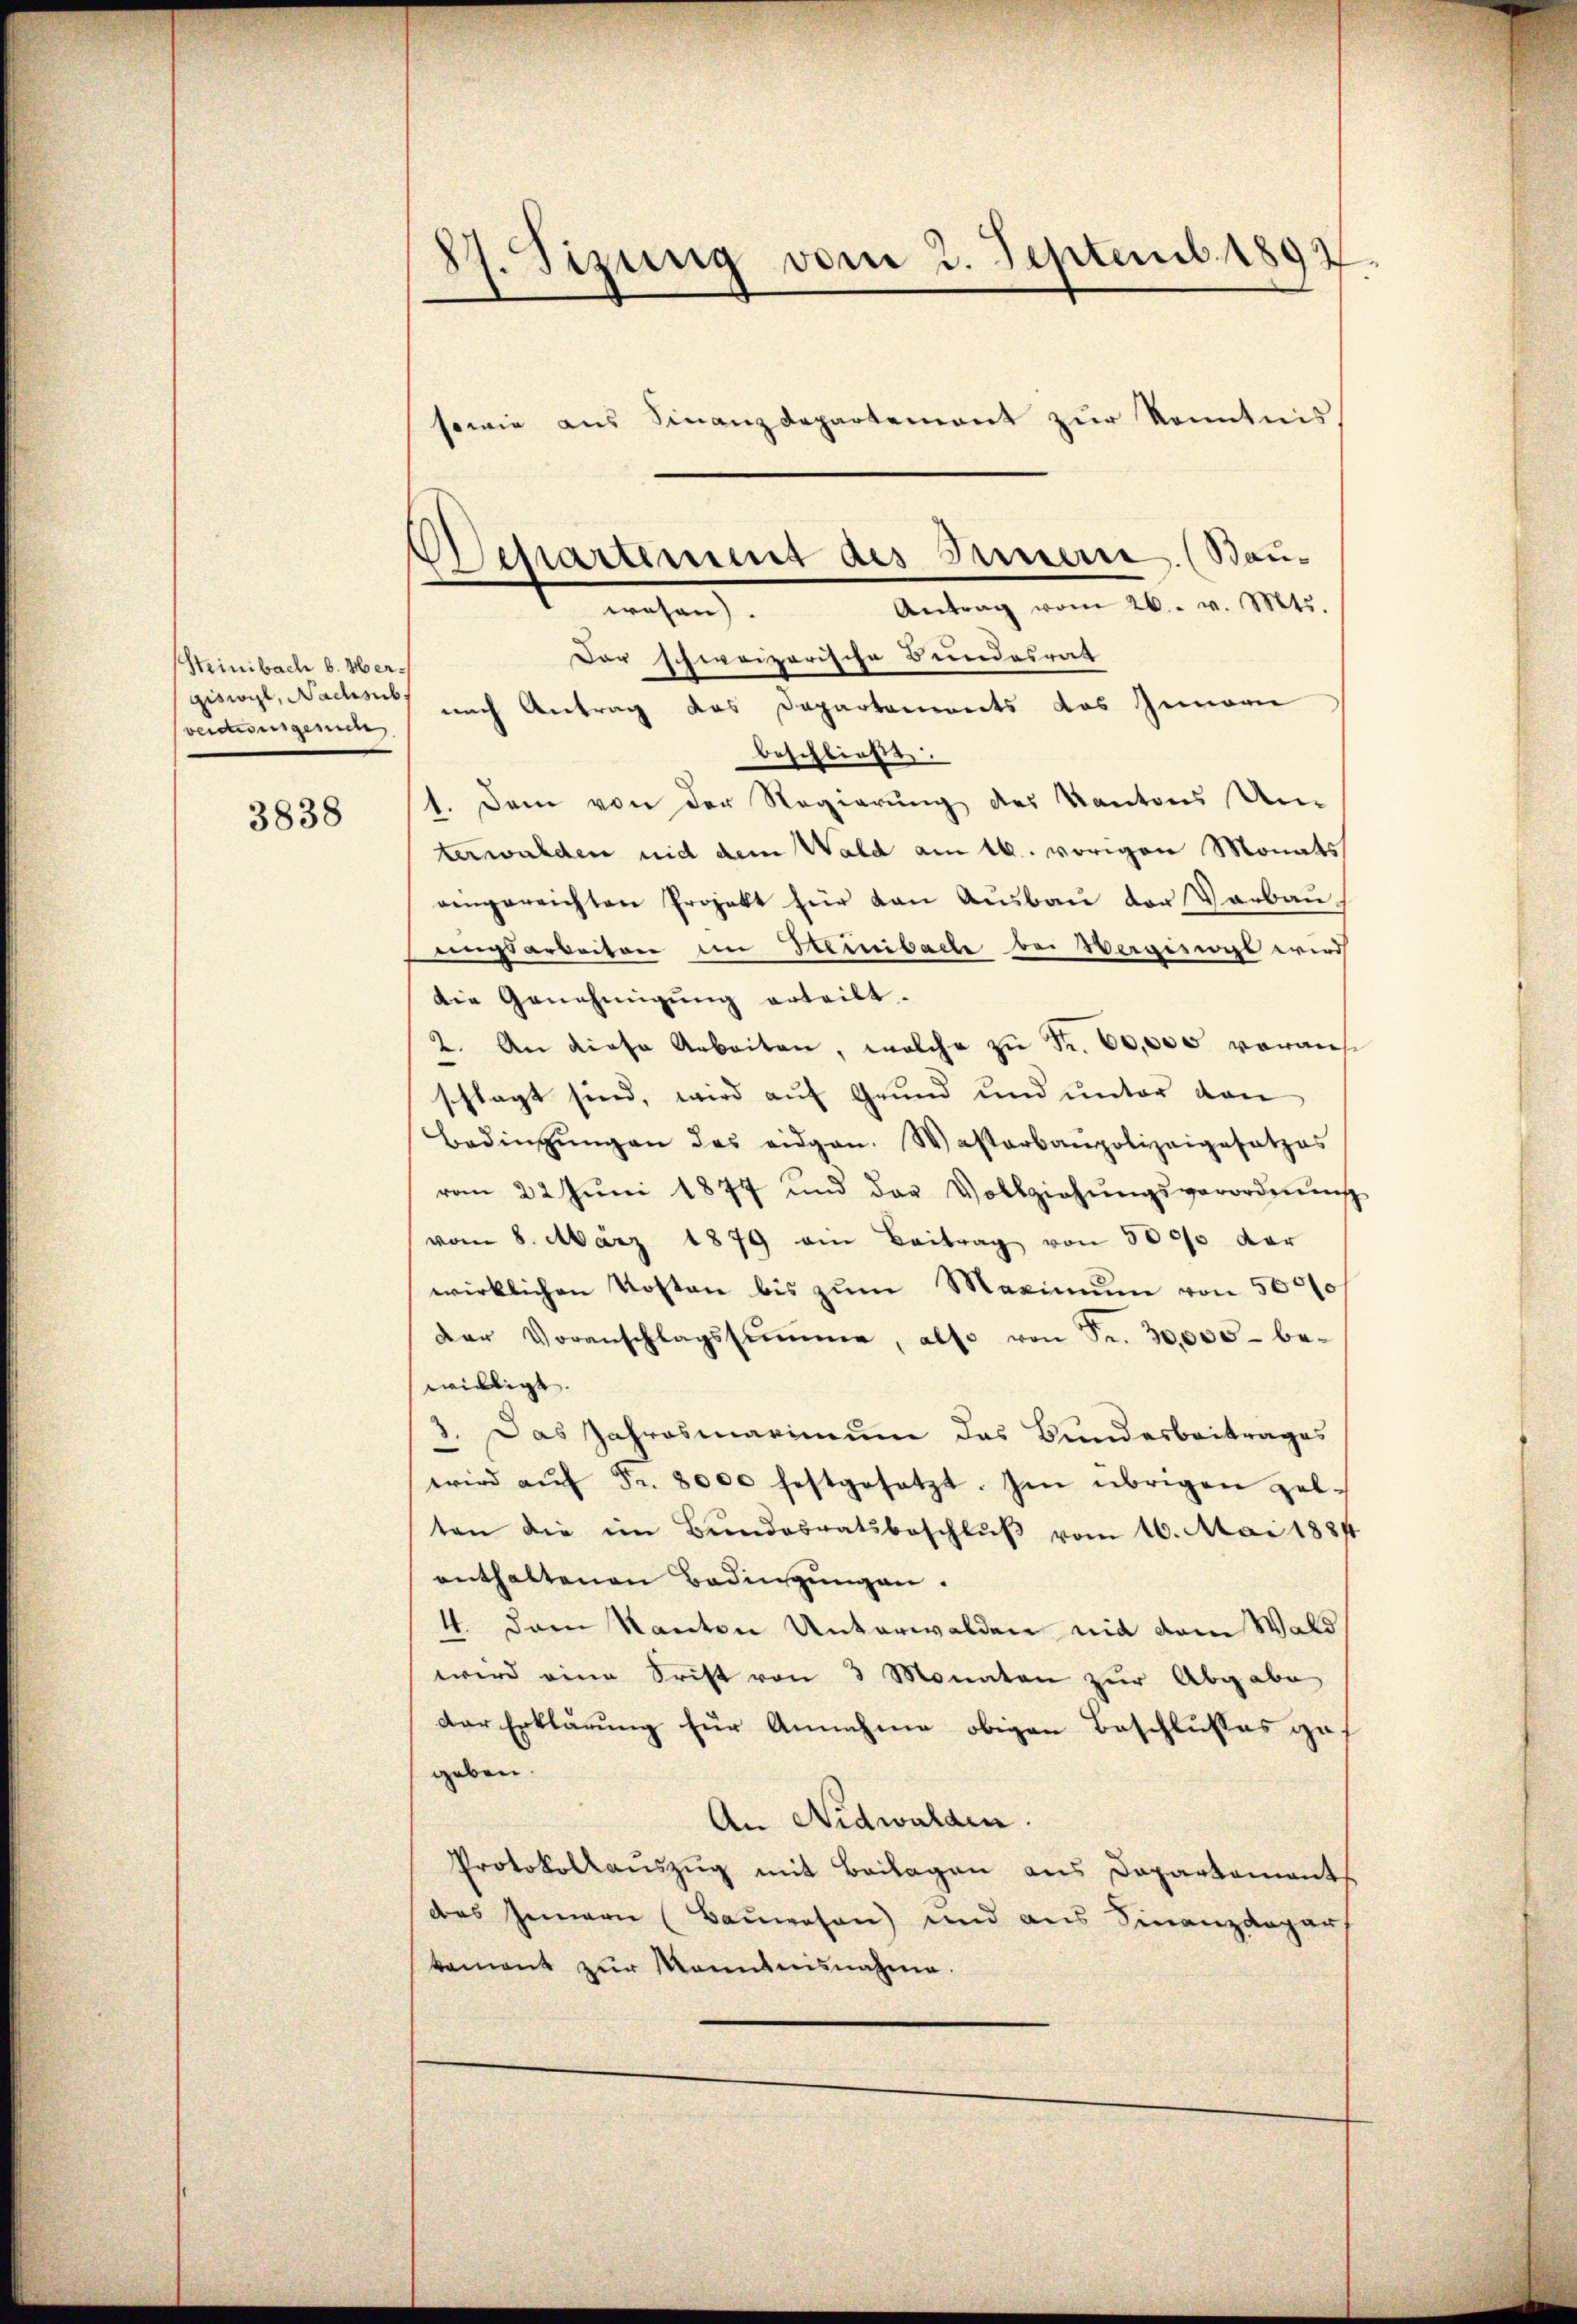
Steinbach b. Vergiswyl, Nachsub.
veictionsgesuche

3838

87. Sizung vom 2. Septemb. 1892
sowie aus Finanzdepartement zur Kenntnis

Der schweizerische Bundesrat
nach Antrag das Departements das Innern
beschließe.
1. Dem von der Regierung des Kantons Un-
terwalden nid dem Wald am 16. vorigen Monats
eingereichten Projekt für den Aŭsbaŭ der Verbau
Ausarbeiten im Heinibache bei Wergiswyl wird
die Genehmigŭng erteilt.
2. An diese Arbeiten, welche zŭ Fr. 60,000 vorausschlagt sind, wird auf Grund und unter dan
Bedingŭngen des eidgen. Wasterbaupolizeigesetzes
vom 22. Jŭni 1877 und das Vollziehŭngsverordnŭng
vom 8. März 1879 ein Beitrag von 5000 der
wirklichen Kosten bis zŭm Maximŭm von 5000
Der Voranschlagssumme, also von Fr. 30,000 bewilligt. |
Das Jahresmarinium das Bundesbeitrages
3.
wird aŭf Fr. 8000 festgesetzt. Im übrigen gel-
ten die im Bŭndesratsbeschlŭβ vom 16. Mai 1884
enthaltenen Bedingŭngen.
4. dem Kanton Unterwalden nid dem Wald
wird eine Trift von 3 Monaten zur Abgabe
der Erklärung für Annahme obigen Beschlusses gegeben.
An Nidwalden.
Protokollauszug mit Beilagen aus Departement
das Innern (Bauwesen) und aus Finanzdepar
kament zur Manntnisnahme

Departement des Innern. (Bau¬
Antrag vom 26. v. Mts.
wesen).